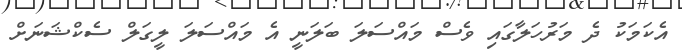
އެކަމަކު ދެ މަރުހަލާގައި ވެސް މައްސަލަ ބަލަނީ އެ މައްސަލަ ލީގަލް ސެކްޝަނަށް